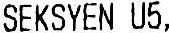
SEKSYEN U5,